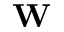
\mathbf { W }